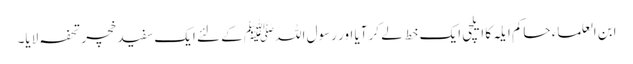
ابن العلماء حاکم اَیلہ کا ایلچی ایک خط لے کر آیا اور رسول اللہﷺ کے لئے ایک سفید خچر تحفہ لایا۔